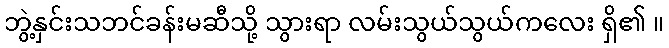
ဘွဲ့နှင်းသဘင်ခန်းမဆီသို့ သွားရာ လမ်းသွယ်သွယ်ကလေး ရှိ၏ ။